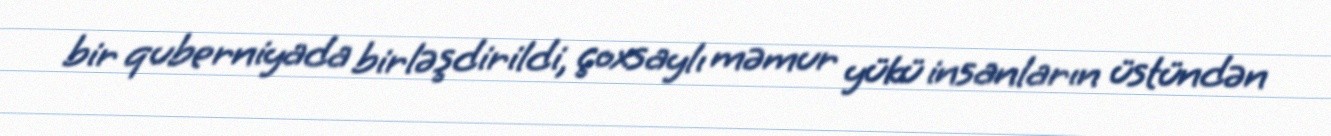
bir quberniyada birləşdirildi, çoxsaylı məmur yükü insanların üstündən